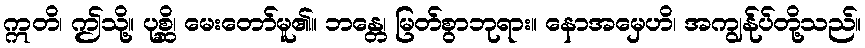
ဣတိ၊ ဤသို့။ ပုစ္ဆိ၊ မေးတော်မူ၏။ ဘန္တေ၊ မြတ်စွာဘုရား။ နောအမှေဟိ၊ အကျွန်ုပ်တို့သည်။